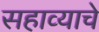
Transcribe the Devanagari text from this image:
सहाव्याचे